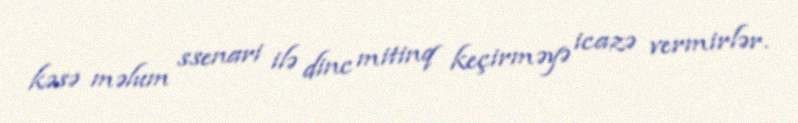
kəsə məlum ssenari ilə dinc mitinq keçirməyə icazə vermirlər.